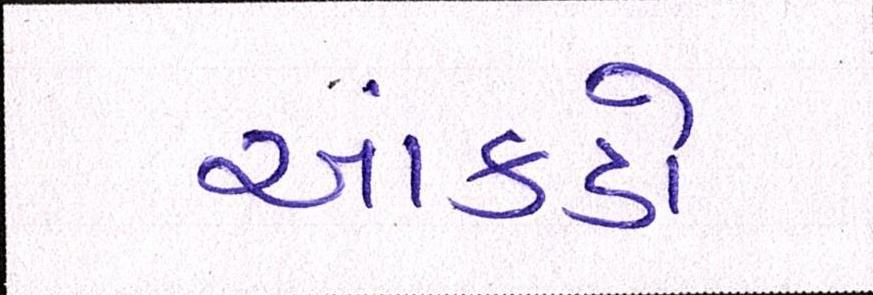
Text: આંકડો